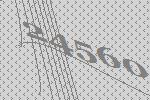
24560